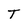
Character: T